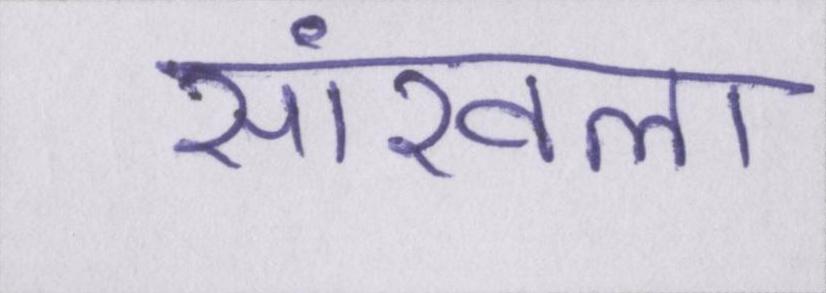
सांखला